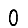
Digit: 0